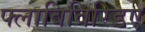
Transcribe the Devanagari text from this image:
फ्लाविविरिडए